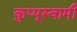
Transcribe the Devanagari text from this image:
कुप्पूस्वामी